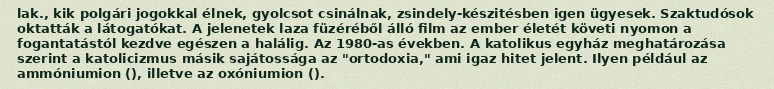
lak., kik polgári jogokkal élnek, gyolcsot csinálnak, zsindely-készitésben igen ügyesek. Szaktudósok oktatták a látogatókat. A jelenetek laza füzéréből álló film az ember életét követi nyomon a fogantatástól kezdve egészen a halálig. Az 1980-as években. A katolikus egyház meghatározása szerint a katolicizmus másik sajátossága az "ortodoxia," ami igaz hitet jelent. Ilyen például az ammóniumion (), illetve az oxóniumion ().